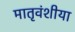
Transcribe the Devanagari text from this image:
मातृवंशीया